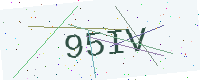
Text: 95IV